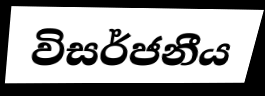
විසර්ජනීය